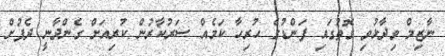
ނާޒިމް ވިދާޅުވި ގޮތުގައި ފަންޑުގެ ހުރިހާ ކަމެއް ސަރުކާރުން ކުރިއަށް ގެންދާނީ ދެފުށް